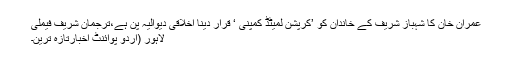
عمران خان کا شہباز شریف کے خاندان کو ’کرپشن لمیٹڈ کمپنی ‘ قرار دینا اخلاقی دیوالیہ پن ہے،ترجمان شریف فیملی
لاہور (اُردو پوائنٹ اخبارتازہ ترین۔